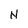
Character: N